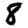
Digit: 8